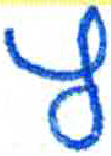
אות: ץ